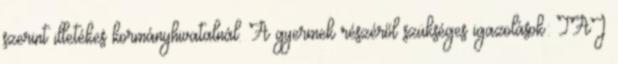
szerint illetékes kormányhivatalnál. A gyermek részéről szükséges igazolások: TAJ